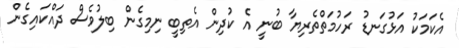
އެކަމަކު އަޅުގަނޑު ރަހުމަތްތެރިޔާ ބުނީ އެ ކުދިން އެތިބީ ނިމިގެން ބިލުވެސް ދައްކައިގެން